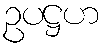
ဥပဋ္ဌဟ